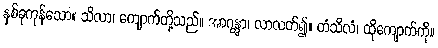
နှစ်ခုကုန်သော။ သိလာ၊ ကျောက်တို့သည်။ အာဂန္တွာ၊ လာလတ်၍။ တံသိလံ၊ ထိုကျောက်ကို။